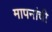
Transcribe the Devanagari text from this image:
मापनांची